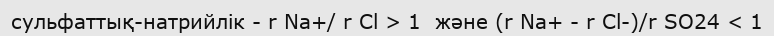
сульфаттық-натрийлік - r Na+/ r Cl > 1  және (r Na+ - r Cl-)/r SO24 < 1